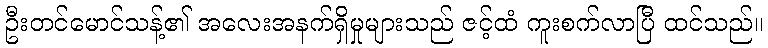
ဦးတင်မောင်သန့်၏ အလေးအနက်ရှိမှုများသည် ဇင့်ထံ ကူးစက်လာပြီ ထင်သည်။